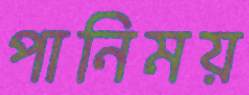
পানিময়